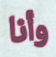
وأنا